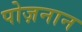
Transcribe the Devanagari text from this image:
पोज़नान